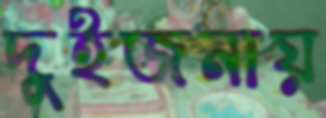
দুইজনায়